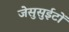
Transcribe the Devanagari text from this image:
जेसुसुईटों